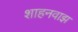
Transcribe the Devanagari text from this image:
शाहनवाझ